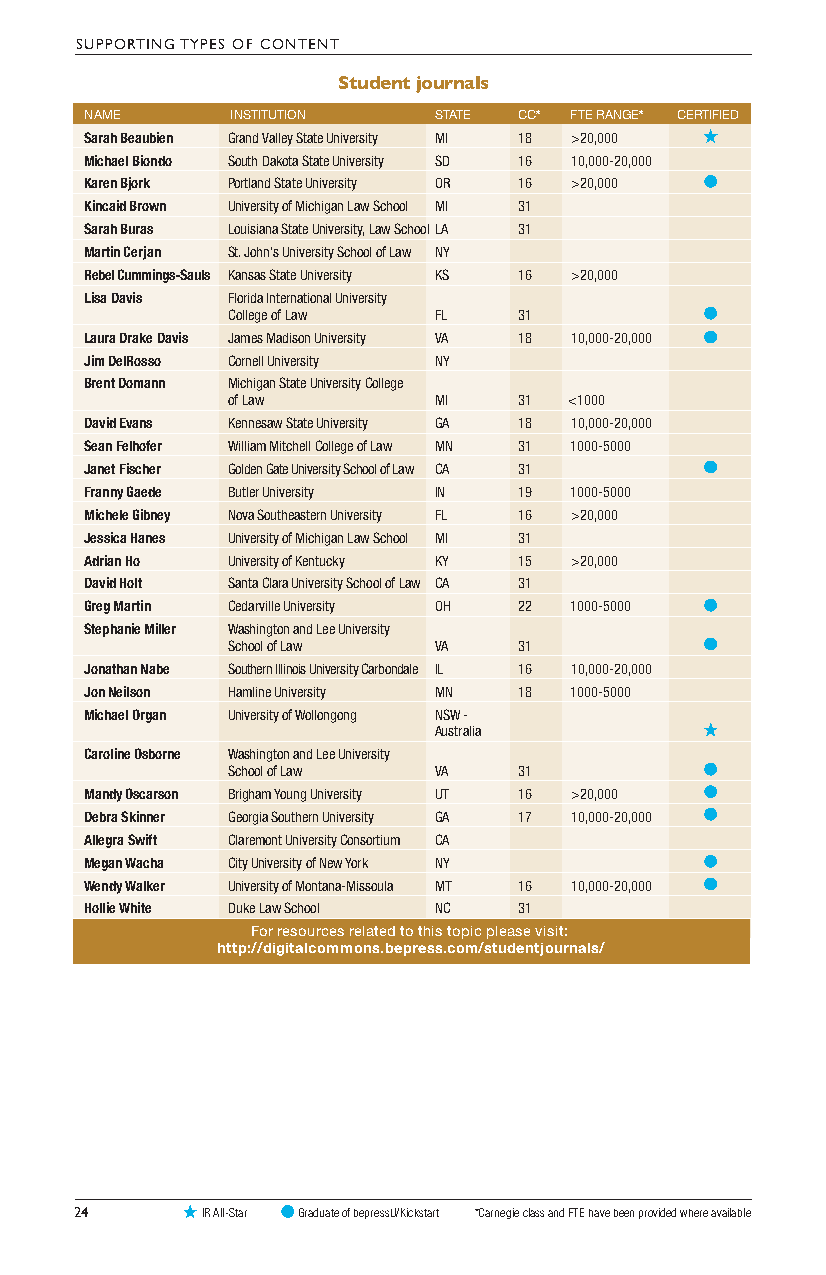
SUPPORTING TYPES OF CONTENT
 Student journals
 NAME     INSTITUTION   STATE CC* FTE RANGE* CERTIFIED
 Sarah Beaubien Grand Valley State University MI 18 >20,000
 Michael Biondo South Dakota State University SD 16 10,000-20,000
 Karen Bjork Portland State University OR 16 >20,000
 Kincaid Brown University of Michigan Law School MI 31
 Sarah Buras Louisiana State University, Law School LA 31
 Martin Cerjan St. John’s University School of Law NY
 Rebel Cummings-Sauls Kansas State University KS 16 >20,000
 Lisa Davis Florida International University
 College of Law FL  31
 Laura Drake Davis James Madison University VA 18 10,000-20,000
 Jim DelRosso Cornell University NY
 Brent Domann Michigan State University College
 of Law        MI   31  <1000
 David Evans Kennesaw State University GA 18 10,000-20,000
 Sean Felhofer William Mitchell College of Law MN 31 1000-5000
 Janet Fischer Golden Gate University School of Law CA 31
 Franny Gaede Butler University IN 19 1000-5000
 Michele Gibney Nova Southeastern University FL 16 >20,000
 Jessica Hanes University of Michigan Law School MI 31
 Adrian Ho University of Kentucky KY 15 >20,000
 David Holt Santa Clara University School of Law CA 31
 Greg Martin Cedarville University OH 22 1000-5000
 Stephanie Miller Washington and Lee University
 School of Law VA   31
 Jonathan Nabe Southern Illinois University Carbondale IL 16 10,000-20,000
 Jon Neilson Hamline University MN 18 1000-5000
 Michael Organ University of Wollongong NSW -
 Australia
 Caroline Osborne Washington and Lee University
 School of Law VA   31
 Mandy Oscarson Brigham Young University UT 16 >20,000
 Debra Skinner Georgia Southern University GA 17 10,000-20,000
 Allegra Swift Claremont University Consortium CA
 Megan Wacha City University of New York NY
 Wendy Walker University of Montana-Missoula MT 16 10,000-20,000
 Hollie White Duke Law School NC 31
 For resources related to this topic please visit:
 http://digitalcommons.bepress.com/studentjournals/
 24      IR All-Star Graduate of bepressU/Kickstart *Carnegie class and FTE have been provided where available